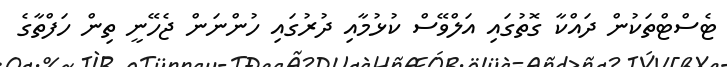
ޓެސްޓްތަކުން ދައްކާ ގޮތުގައި އަލްވޭސް ކުޅުމާއި ދުރުގައި ހުންނަން ޖެހޭނީ ތިން ހަފްތާގެ